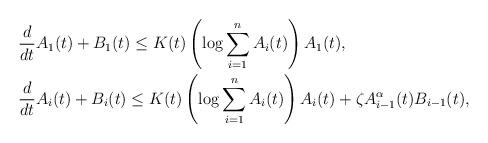
LaTeX: \begin{align*}&\frac{d}{dt}A_1(t)+B_1(t)\leq K(t)\left(\log\sum_{i=1}^nA_i(t)\right)A_1(t), \\&\frac{d}{dt}A_i(t)+B_i(t)\leq K(t)\left(\log\sum_{i=1}^nA_i(t)\right)A_i(t)+\zeta A_{i-1}^\alpha(t)B_{i-1}(t),\end{align*}